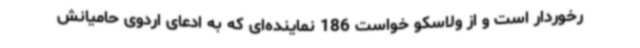
رخوردار است و از ولاسکو خواست 186 نماینده‌ای که به ادعای اردوی حامیانش